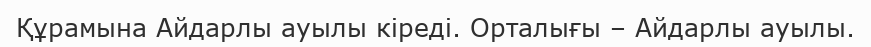
Құрамына Айдарлы ауылы кіреді. Орталығы – Айдарлы ауылы.